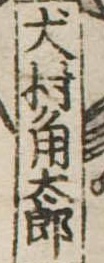
犬村角太郎